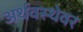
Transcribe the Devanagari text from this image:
अर्थवस्थेवर